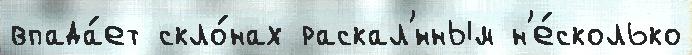
впада́ет скло́нах раскал'́нным н'е́сколько